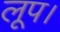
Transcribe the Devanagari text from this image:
लूप।